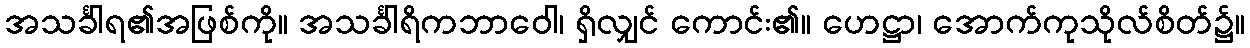
အသင်္ခါရ၏အဖြစ်ကို။ အသင်္ခါရိကဘာဝေါ၊ ရှိလျှင် ကောင်း၏။ ဟေဋ္ဌာ၊ အောက်ကုသိုလ်စိတ်၌။